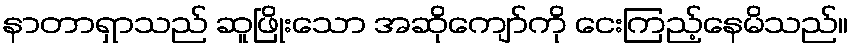
နာတာရှာသည် ဆူဖြိုးသော အဆိုကျော်ကို ငေးကြည့်နေမိသည်။